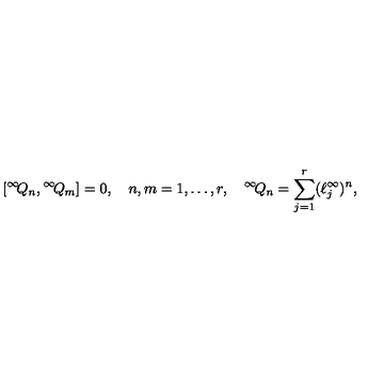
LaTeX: [ { } ^ { \infty } \! Q _ { n } , { } ^ { \infty } \! Q _ { m } ] = 0 , \quad n , m = 1 , \ldots , r , \quad { } ^ { \infty } \! Q _ { n } = \sum _ { j = 1 } ^ { r } ( \ell _ { j } ^ { \infty } ) ^ { n } ,